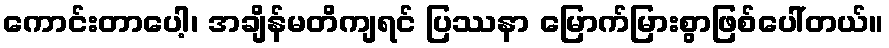
ကောင်းတာပေါ့၊ အချိန်မတိကျရင် ပြဿနာ မြောက်မြားစွာဖြစ်ပေါ်တယ်။